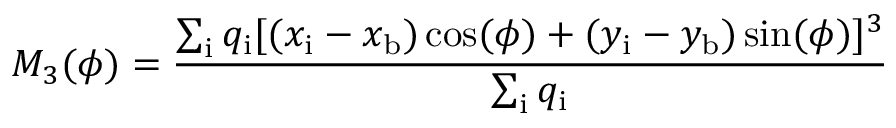
M _ { 3 } ( \phi ) = \frac { \sum _ { \mathrm { { i } } } q _ { \mathrm { { i } } } [ ( x _ { \mathrm { { i } } } - x _ { \mathrm { { b } } } ) \cos ( \phi ) + ( y _ { \mathrm { { i } } } - y _ { \mathrm { { b } } } ) \sin ( \phi ) ] ^ { 3 } } { \sum _ { \mathrm { { i } } } q _ { \mathrm { { i } } } }